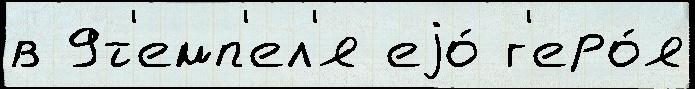
в 9т'емп'ел'я еjо́ г'еро́я